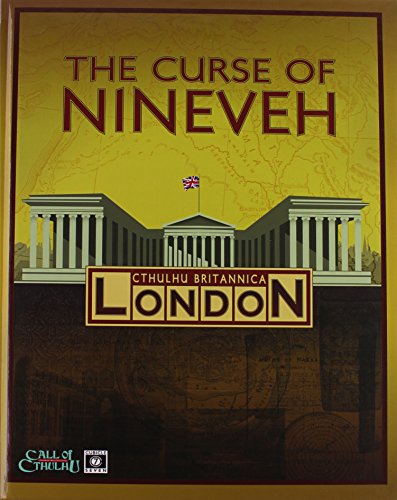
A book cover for Cthulhu Britannica The Curse of Nineveh; Science Fiction & Fantasy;